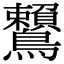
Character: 𪈐